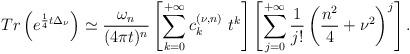
LaTeX: \begin{align*}Tr\left( e^{\frac{1}{4}t\Delta _{\nu }}\right) \simeq \frac{\omega _{n}}{(4\pi t)^{n}}\left[ \sum\limits_{k=0}^{+\infty }c_{k}^{\left( \nu ,n\right)}\ t^{k}\right] \left[ \sum\limits_{j=0}^{+\infty }\frac{1}{j!}\left( \frac{n^{2}}{4}+\nu ^{2}\right) ^{j}\right] .\end{align*}